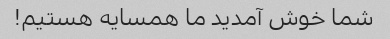
شما خوش آمدید ما همسایه هستیم!